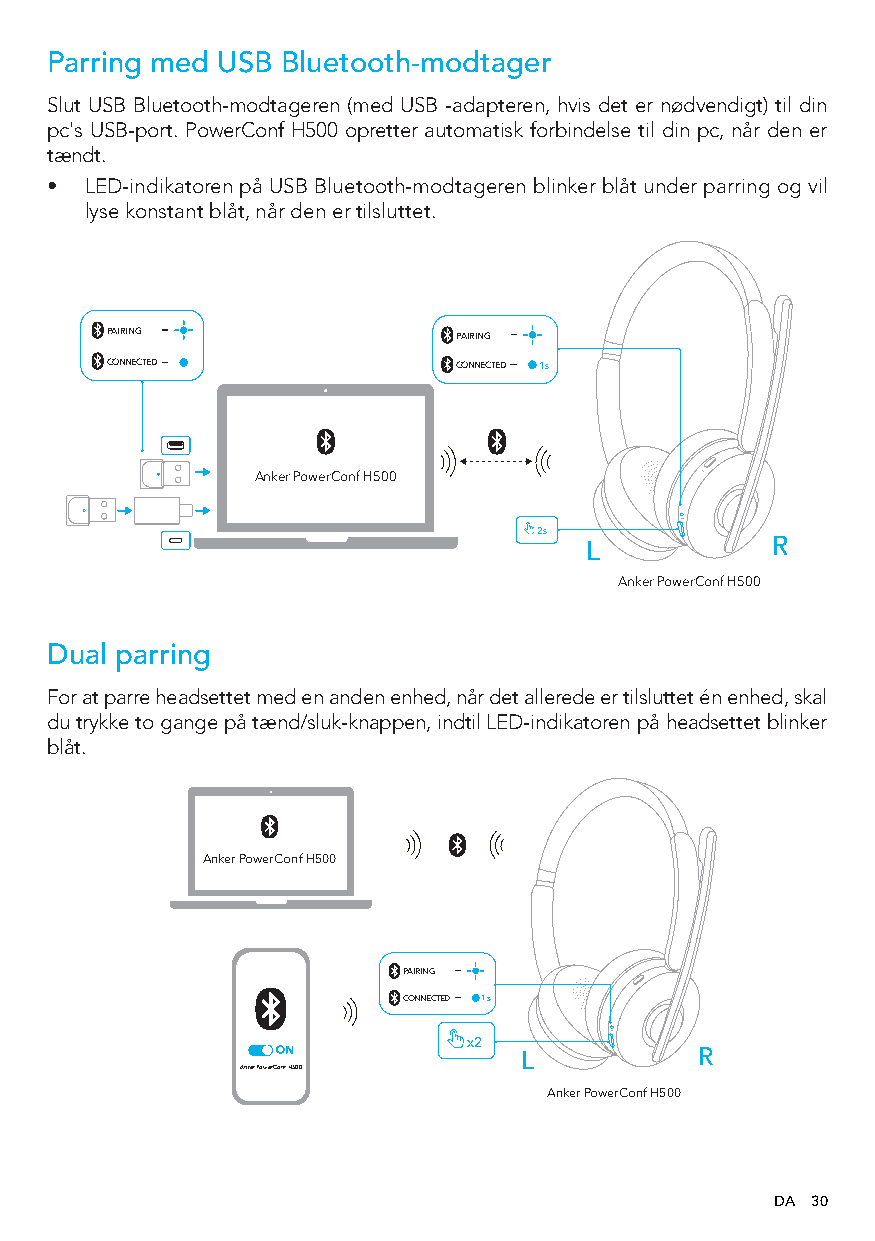
Parring med USB Bluetooth-modtager
 Slut USB Bluetooth-modtageren (med USB -adapteren, hvis det er nødvendigt) til din
 pc's USB-port. PowerConf H500 opretter automatisk forbindelse til din pc, når den er
 tændt.
 •  LED-indikatoren på USB Bluetooth-modtageren blinker blåt under parring og vil
 lyse konstant blåt, når den er tilsluttet.
 PAIRING                PAIRING
 CONNECTED              CONNECTED 1s
 Anker PowerConf H500
 2s
 L           R
 Anker PowerConf H500
 Dual parring
 For at parre headsettet med en anden enhed, når det allerede er tilsluttet én enhed, skal
 du trykke to gange på tænd/sluk-knappen, indtil LED-indikatoren på headsettet blinker
 blåt.
 Anker PowerConf H500
 PAIRING
 CONNECTED 1s
 x2
 L           R
 Anker PowerConf H500
 Anker PowerConf H500
 DA 30